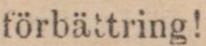
förbättring!